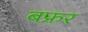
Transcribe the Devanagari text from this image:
बफ्रर